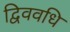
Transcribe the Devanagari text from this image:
द्विववधि